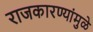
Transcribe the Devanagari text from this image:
राजकारण्यांमुळे